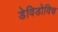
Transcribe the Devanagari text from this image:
डेविडोविच